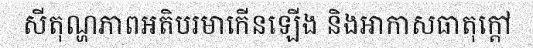
សីតុណ្ហភាពអតិបរមាកើនឡើង និងអាកាសធាតុក្តៅ